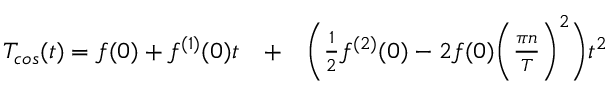
\begin{array} { r l r } { T _ { c o s } ( t ) = f ( 0 ) + f ^ { ( 1 ) } ( 0 ) t } & { { } + } & { \bigg ( \frac { 1 } { 2 } f ^ { ( 2 ) } ( 0 ) - 2 f ( 0 ) \bigg ( \frac { \pi n } { T } \bigg ) ^ { 2 } \bigg ) t ^ { 2 } } \end{array}